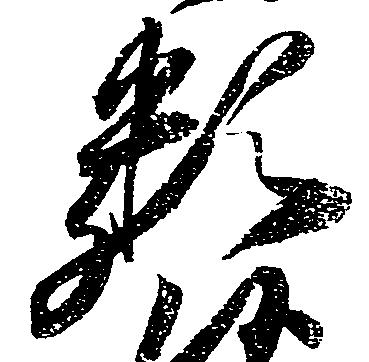
類